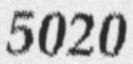
5020